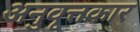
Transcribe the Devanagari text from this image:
अनुवृत्तकार